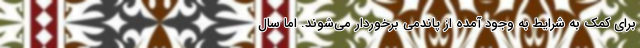
برای کمک به شرایط به وجود آمده از پاندمی برخوردار می‌شوند. اما سال